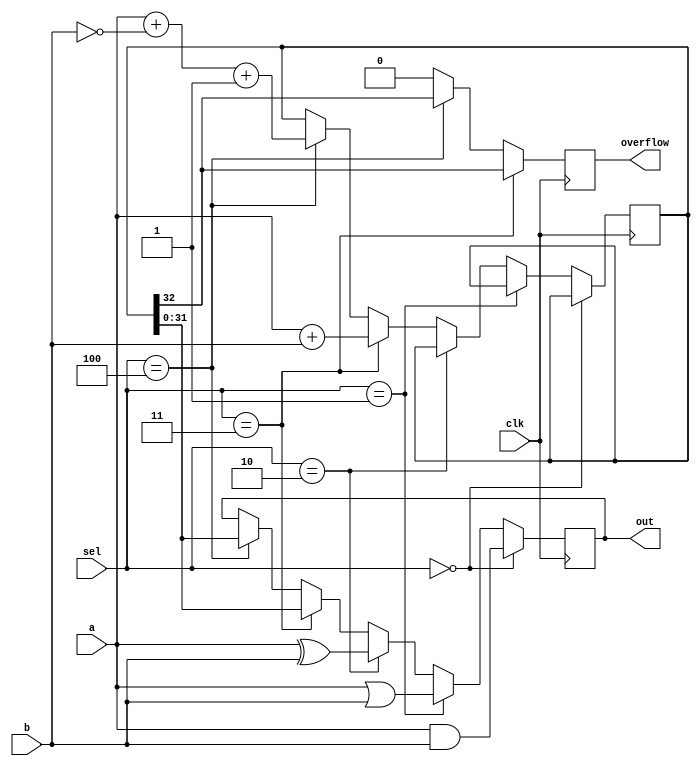
// Verilog code for the 32-bit adder

`timescale 1ns/1ns

module alu32(clk, a, b, sel, out, overflow);

    input clk;
    input [31:0] a, b;
    input [3:0] sel;
    output reg [31:0] out;
    output reg overflow;

    reg [32:0] sum;

    always @(posedge clk)
        begin
            if (sel == 4'b0000) // Logical AND of inputs a and b
                begin 
                    out <= a & b;
                    //overflow <= 0;
                end
            
            else if (sel == 4'b0001) // Locical OR of inputs a and b
                begin
                    out <= a | b;
                    //overflow <= 0;
                end
            
            else if (sel == 4'b0010) // Logical XOR of inputs a and b
                begin
                    out <= a ^ b;
                    //overflow <= 0;
                end
            
            else if (sel == 4'b0011) // Sum of inputs a and b
                begin
                    sum <= a + b;
                    out <= sum[31:0];
                    //overflow <= sum[32];
                end
            
            else if (sel == 4'b0100) // Difference of inputs a and b
                begin
                    sum <= a + (~b) + 1;
                    out <= sum[31:0];
                    //overflow <= sum[32];
                end

            // overflow    
            if (sel == 4'b0011)
                begin
                    overflow <= sum[32];
                end

            else if (sel == 4'b0100)
                begin
                    overflow <= sum[32];
                end
            
            else
                begin
                    overflow <= 0;
                end

        end

endmodule